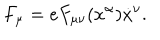
F _ { \mu } = e F _ { \mu \nu } ( x ^ { \alpha } ) \dot { x } ^ { \nu } .